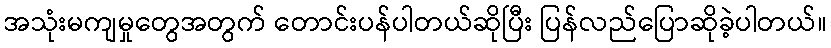
အသုံးမကျမှုတွေအတွက် တောင်းပန်ပါတယ်ဆိုပြီး ပြန်လည်ပြောဆိုခဲ့ပါတယ်။